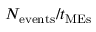
N _ { \mathrm { e v e n t s } } / t _ { \mathrm { M E s } }